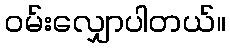
ဝမ်းလျှောပါတယ်။